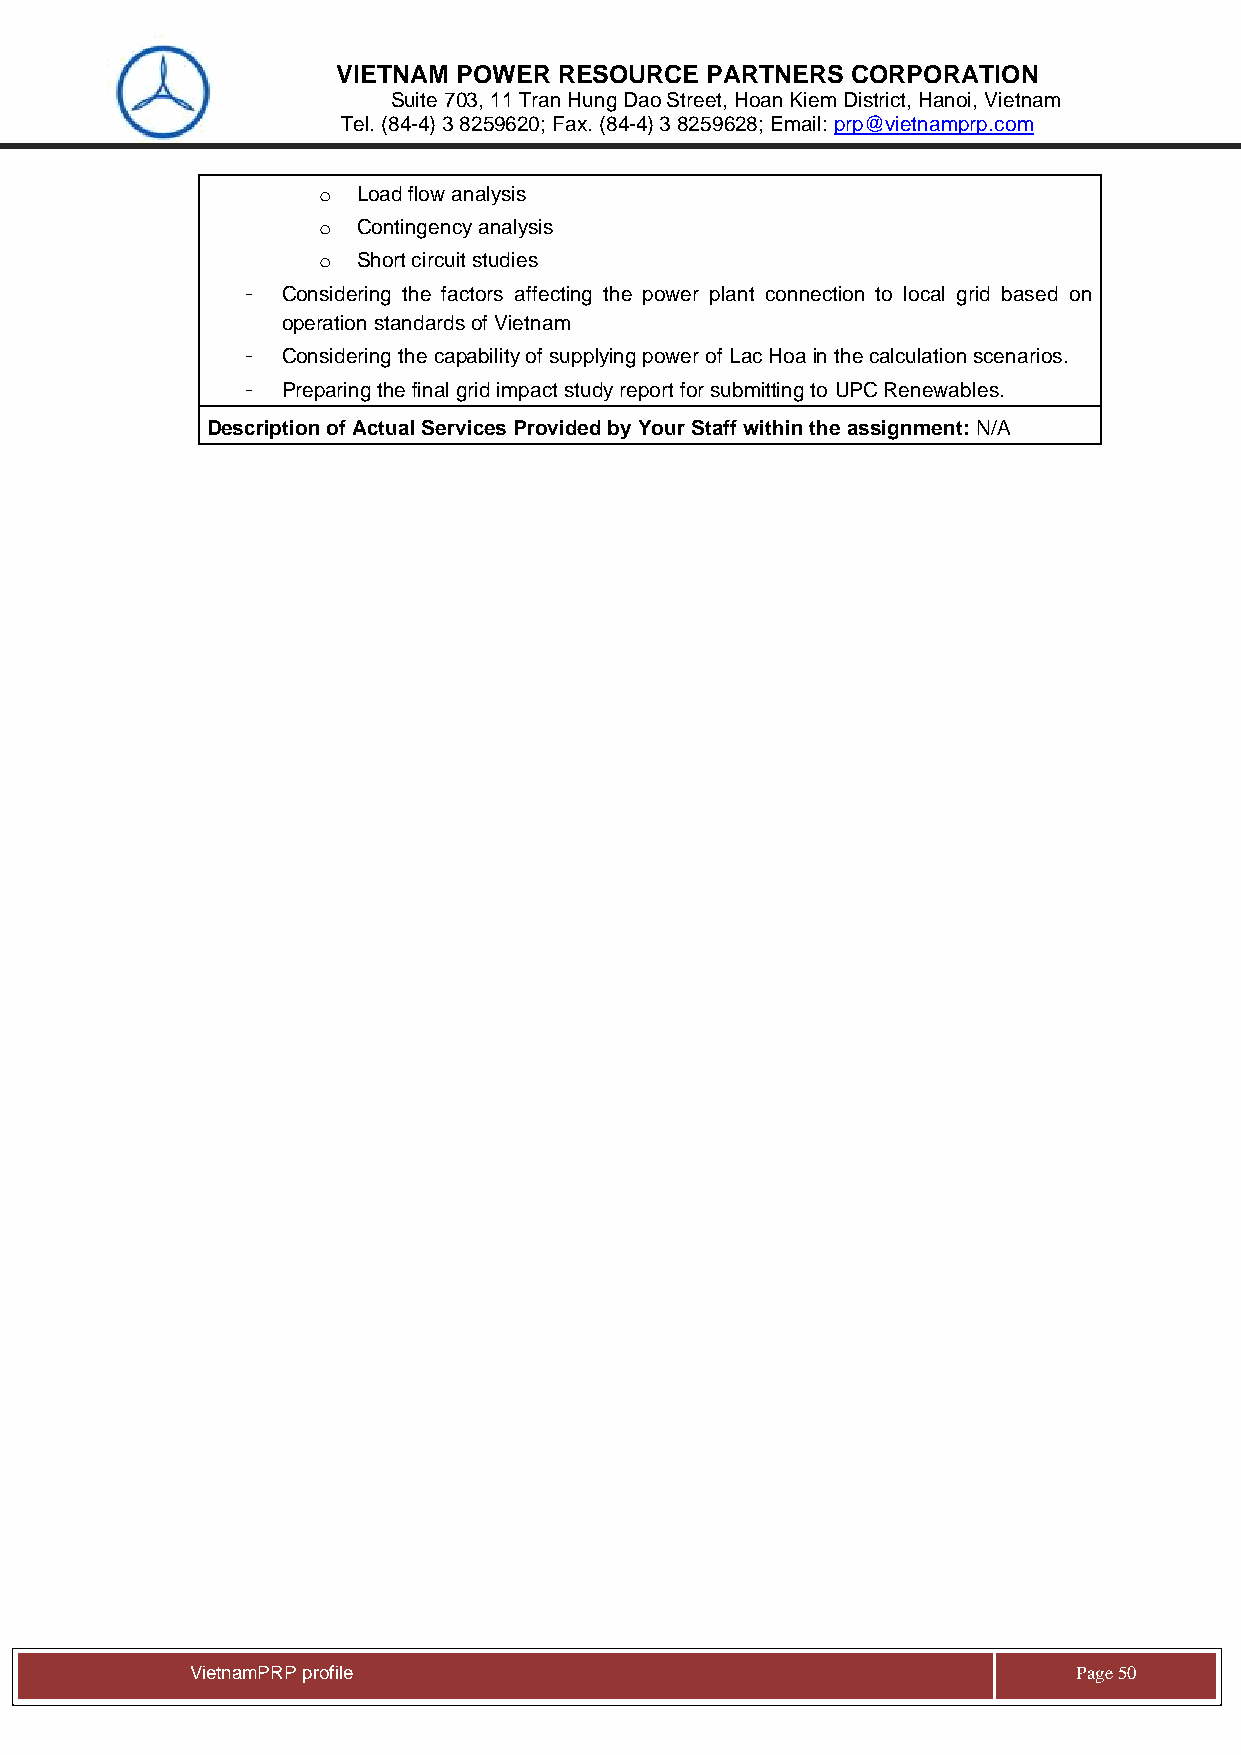
VIETNAM POWER  RESOURCE  PARTNERS CORPORATION
 Suite 703, 11 Tran Hung Dao Street, Hoan Kiem District, Hanoi, Vietnam
 Tel. (84-4) 3 8259620; Fax. (84-4) 3 8259628; Email: prp@vietnamprp.com
 o  Load flow analysis
 o  Contingency analysis
 o  Short circuit studies
 -  Considering the factors affecting the power plant connection to local grid based on
 operation standards of Vietnam
 -  Considering the capability of supplying power of Lac Hoa in the calculation scenarios.
 -  Preparing the final grid impact study report for submitting to UPC Renewables.
 Description of Actual Services Provided by Your Staff within the assignment: N/A
 Vie tnamPRP profile                                       Page 50